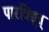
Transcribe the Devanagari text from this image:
पारविद्युत्